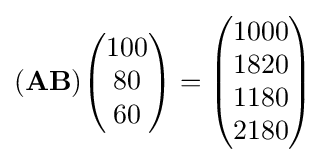
(\mathbf {AB} ){\begin{pmatrix}100\\80\\60\\\end{pmatrix}}={\begin{pmatrix}1000\\1820\\1180\\2180\end{pmatrix}}